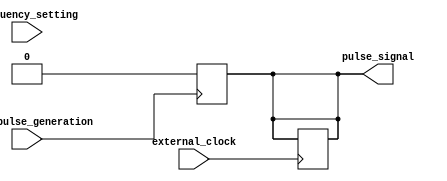
module Timing_Control_Synchronization_Block (
    input wire external_clock,
    input wire [7:0] frequency_setting,
    input wire start_pulse_generation,
    output reg pulse_signal
);

reg [3:0] counter;
reg [7:0] oscillator_count;
reg pll_locked;
reg pulse_generation_started;

always @(posedge external_clock) begin
    if (!pll_locked) begin
        // PLL synchronization
        // Add code for PLL synchronization here
        pll_locked <= 1'b1; // Set to 1 once PLL is locked
    end
    
    if (pulse_generation_started) begin
        // Free-running oscillator
        oscillator_count <= oscillator_count + 1;
        if (oscillator_count == frequency_setting) begin
            oscillator_count <= 0;
            counter <= counter + 1;
            if (counter == 8'hFF) begin
                counter <= 0;
                pulse_signal <= ~pulse_signal;
            end
        end
    end
end

always @(posedge start_pulse_generation) begin
    // Initialize counters and flags
    oscillator_count <= 0;
    counter <= 0;
    pulse_signal <= 0;
    pulse_generation_started <= 1;
end

endmodule